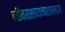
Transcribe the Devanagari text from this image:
जीवरसायनशास्त्रज्ञ